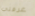
غرفتي